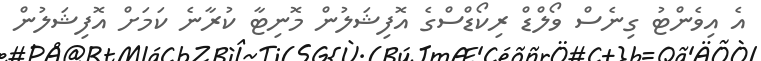
އެ އިވެންޓު ގިނެސް ވޯލްޑް ރިކޯޑްސްގެ އޮފިޝަލުން މޮނިޓާ ކުރާނެ ކަމަށް އޮފިޝަލުން